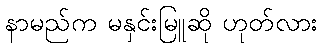
နာမည်က မနှင်းမြူဆို ဟုတ်လား